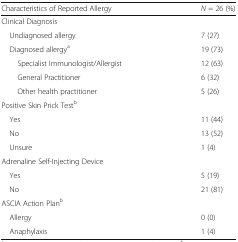
<table><thead><tr><td><b>Characteristics of Reported Allergy</b></td><td><b><i>N</i> = 26 (%)</b></td></tr></thead><tbody><tr><td colspan="2">Clinical Diagnosis</td></tr><tr><td> Undiagnosed allergy</td><td>7 (27)</td></tr><tr><td> Diagnosed allergy<sup>a</sup></td><td>19 (73)</td></tr><tr><td>Specialist Immunologist/Allergist</td><td>12 (63)</td></tr><tr><td>General Practitioner</td><td>6 (32)</td></tr><tr><td>Other health practitioner</td><td>5 (26)</td></tr><tr><td colspan="2">Positive Skin Prick Test<sup>b</sup></td></tr><tr><td> Yes</td><td>11 (44)</td></tr><tr><td> No</td><td>13 (52)</td></tr><tr><td> Unsure</td><td>1 (4)</td></tr><tr><td colspan="2">Adrenaline Self-Injecting Device</td></tr><tr><td> Yes</td><td>5 (19)</td></tr><tr><td> No</td><td>21 (81)</td></tr><tr><td colspan="2">ASCIA Action Plan<sup>b</sup></td></tr><tr><td> Allergy</td><td>0 (0)</td></tr><tr><td> Anaphylaxis</td><td>1 (4)</td></tr></tbody></table>